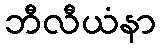
ဘီလီယံနာ